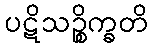
ပဋိသဉ္စိက္ခတိ